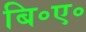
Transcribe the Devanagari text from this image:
बि॰ए॰